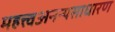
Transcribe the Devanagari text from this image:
महत्त्वअनन्यसाधारण